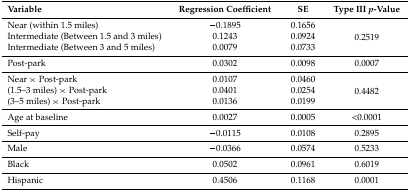
| Variable | Regression Coefficient | SE | Type III p-Value |
 | --- | --- | --- | --- |
 | Near (within 1.5 miles) | −0.1895 | 0.1656 | <ROWSPAN=3> 0.2519 |
 | Intermediate (Between 1.5 and 3 miles) | 0.1243 | 0.0924 |
 | Intermediate (Between 3 and 5 miles) | 0.0079 | 0.0733 |
 | Post-park | 0.0302 | 0.0098 | 0.0007 |
 | Near × Post-park | 0.0107 | 0.0460 | <ROWSPAN=3> 0.4482 |
 | (1.5–3 miles) × Post-park | 0.0401 | 0.0254 |
 | (3–5 miles) × Post-park | 0.0136 | 0.0199 |
 | Age at baseline | 0.0027 | 0.0005 | <0.0001 |
 | Self-pay | −0.0115 | 0.0108 | 0.2895 |
 | Male | −0.0366 | 0.0574 | 0.5233 |
 | Black | 0.0502 | 0.0961 | 0.6019 |
 | Hispanic | 0.4506 | 0.1168 | 0.0001 |